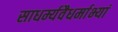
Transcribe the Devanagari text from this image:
साधर्म्यवैधर्माभ्यां